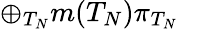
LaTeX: \oplus_{T_{N}}m(T_{N})\pi_{T_{N}}\, \, \, \,